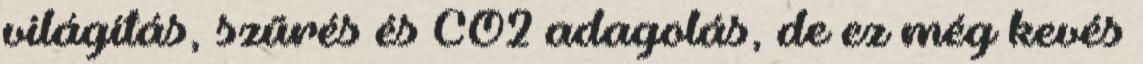
világítás, szűrés és CO2 adagolás, de ez még kevés